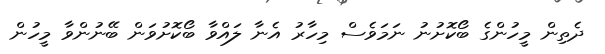
ދެތިން މީހުންގެ ބޯކޮށުނު ނަމަވެސް މިހާރު އެނާ ލައްވާ ބޯކޮށުވަން ބޭނުންވާ މީހުން